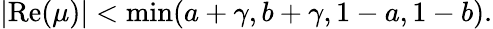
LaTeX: \left|\mathrm{Re}(\mu)\right|<\operatorname*{min}(a+\gamma,b+\gamma,1-a,1-b).